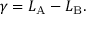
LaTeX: \gamma = L _ { \mathrm { A } } - L _ { \mathrm { B } } .